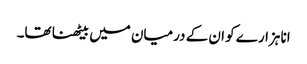
انا ہزارے کو ان کے درمیان میں بیٹھنا تھا۔